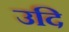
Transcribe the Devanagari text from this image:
उदि